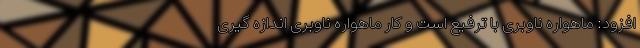
افزود: ماهواره ناوبری با ترفیع است و کار ماهواره ناوبری اندازه گیری